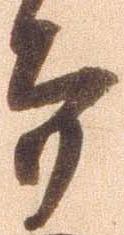
而